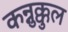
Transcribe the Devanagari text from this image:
कन्नुक्कुल